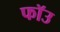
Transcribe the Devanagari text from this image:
फॉउ